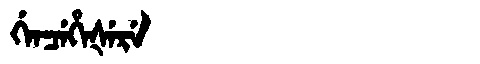
Manchu: ᡤᡝᠨᠴᡝᡥᡝᡧᡝᡵᡝ
Romanization: GENCEHEŠERE